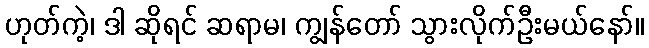
ဟုတ်ကဲ့၊ ဒါ ဆိုရင် ဆရာမ၊ ကျွန်တော် သွားလိုက်ဦးမယ်နော်။